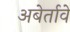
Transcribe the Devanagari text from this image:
अबेर्तावे